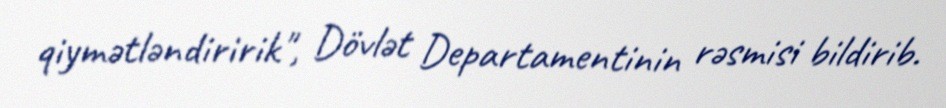
qiymətləndiririk", Dövlət Departamentinin rəsmisi bildirib.